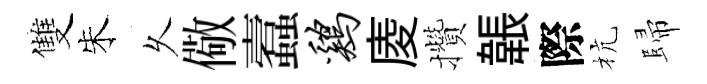
雙朱乆儆蠧鸡庱攢韔際杭歸